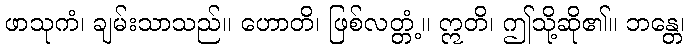
ဖာသုကံ၊ ချမ်းသာသည်။ ဟောတိ၊ ဖြစ်လတ္တံ့။ ဣတိ၊ ဤသို့ဆို၏။ ဘန္တေ၊